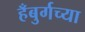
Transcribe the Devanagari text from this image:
हँबुर्गच्या